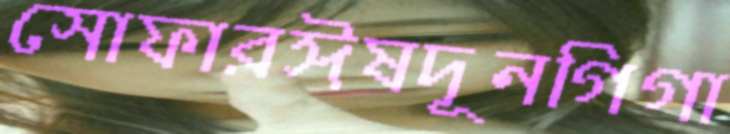
সোফারঈষদূনগিগা